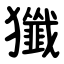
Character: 㺤